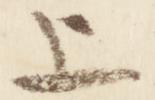
上